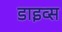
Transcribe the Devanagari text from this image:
डाइव्स